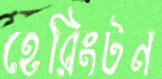
হেরিংটন